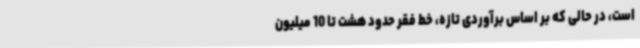
است، در حالی که بر اساس برآوردی تازه، خط فقر حدود هشت تا 10 میلیون